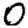
Digit: 0